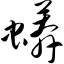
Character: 蟒